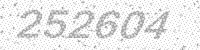
Solution: 252604